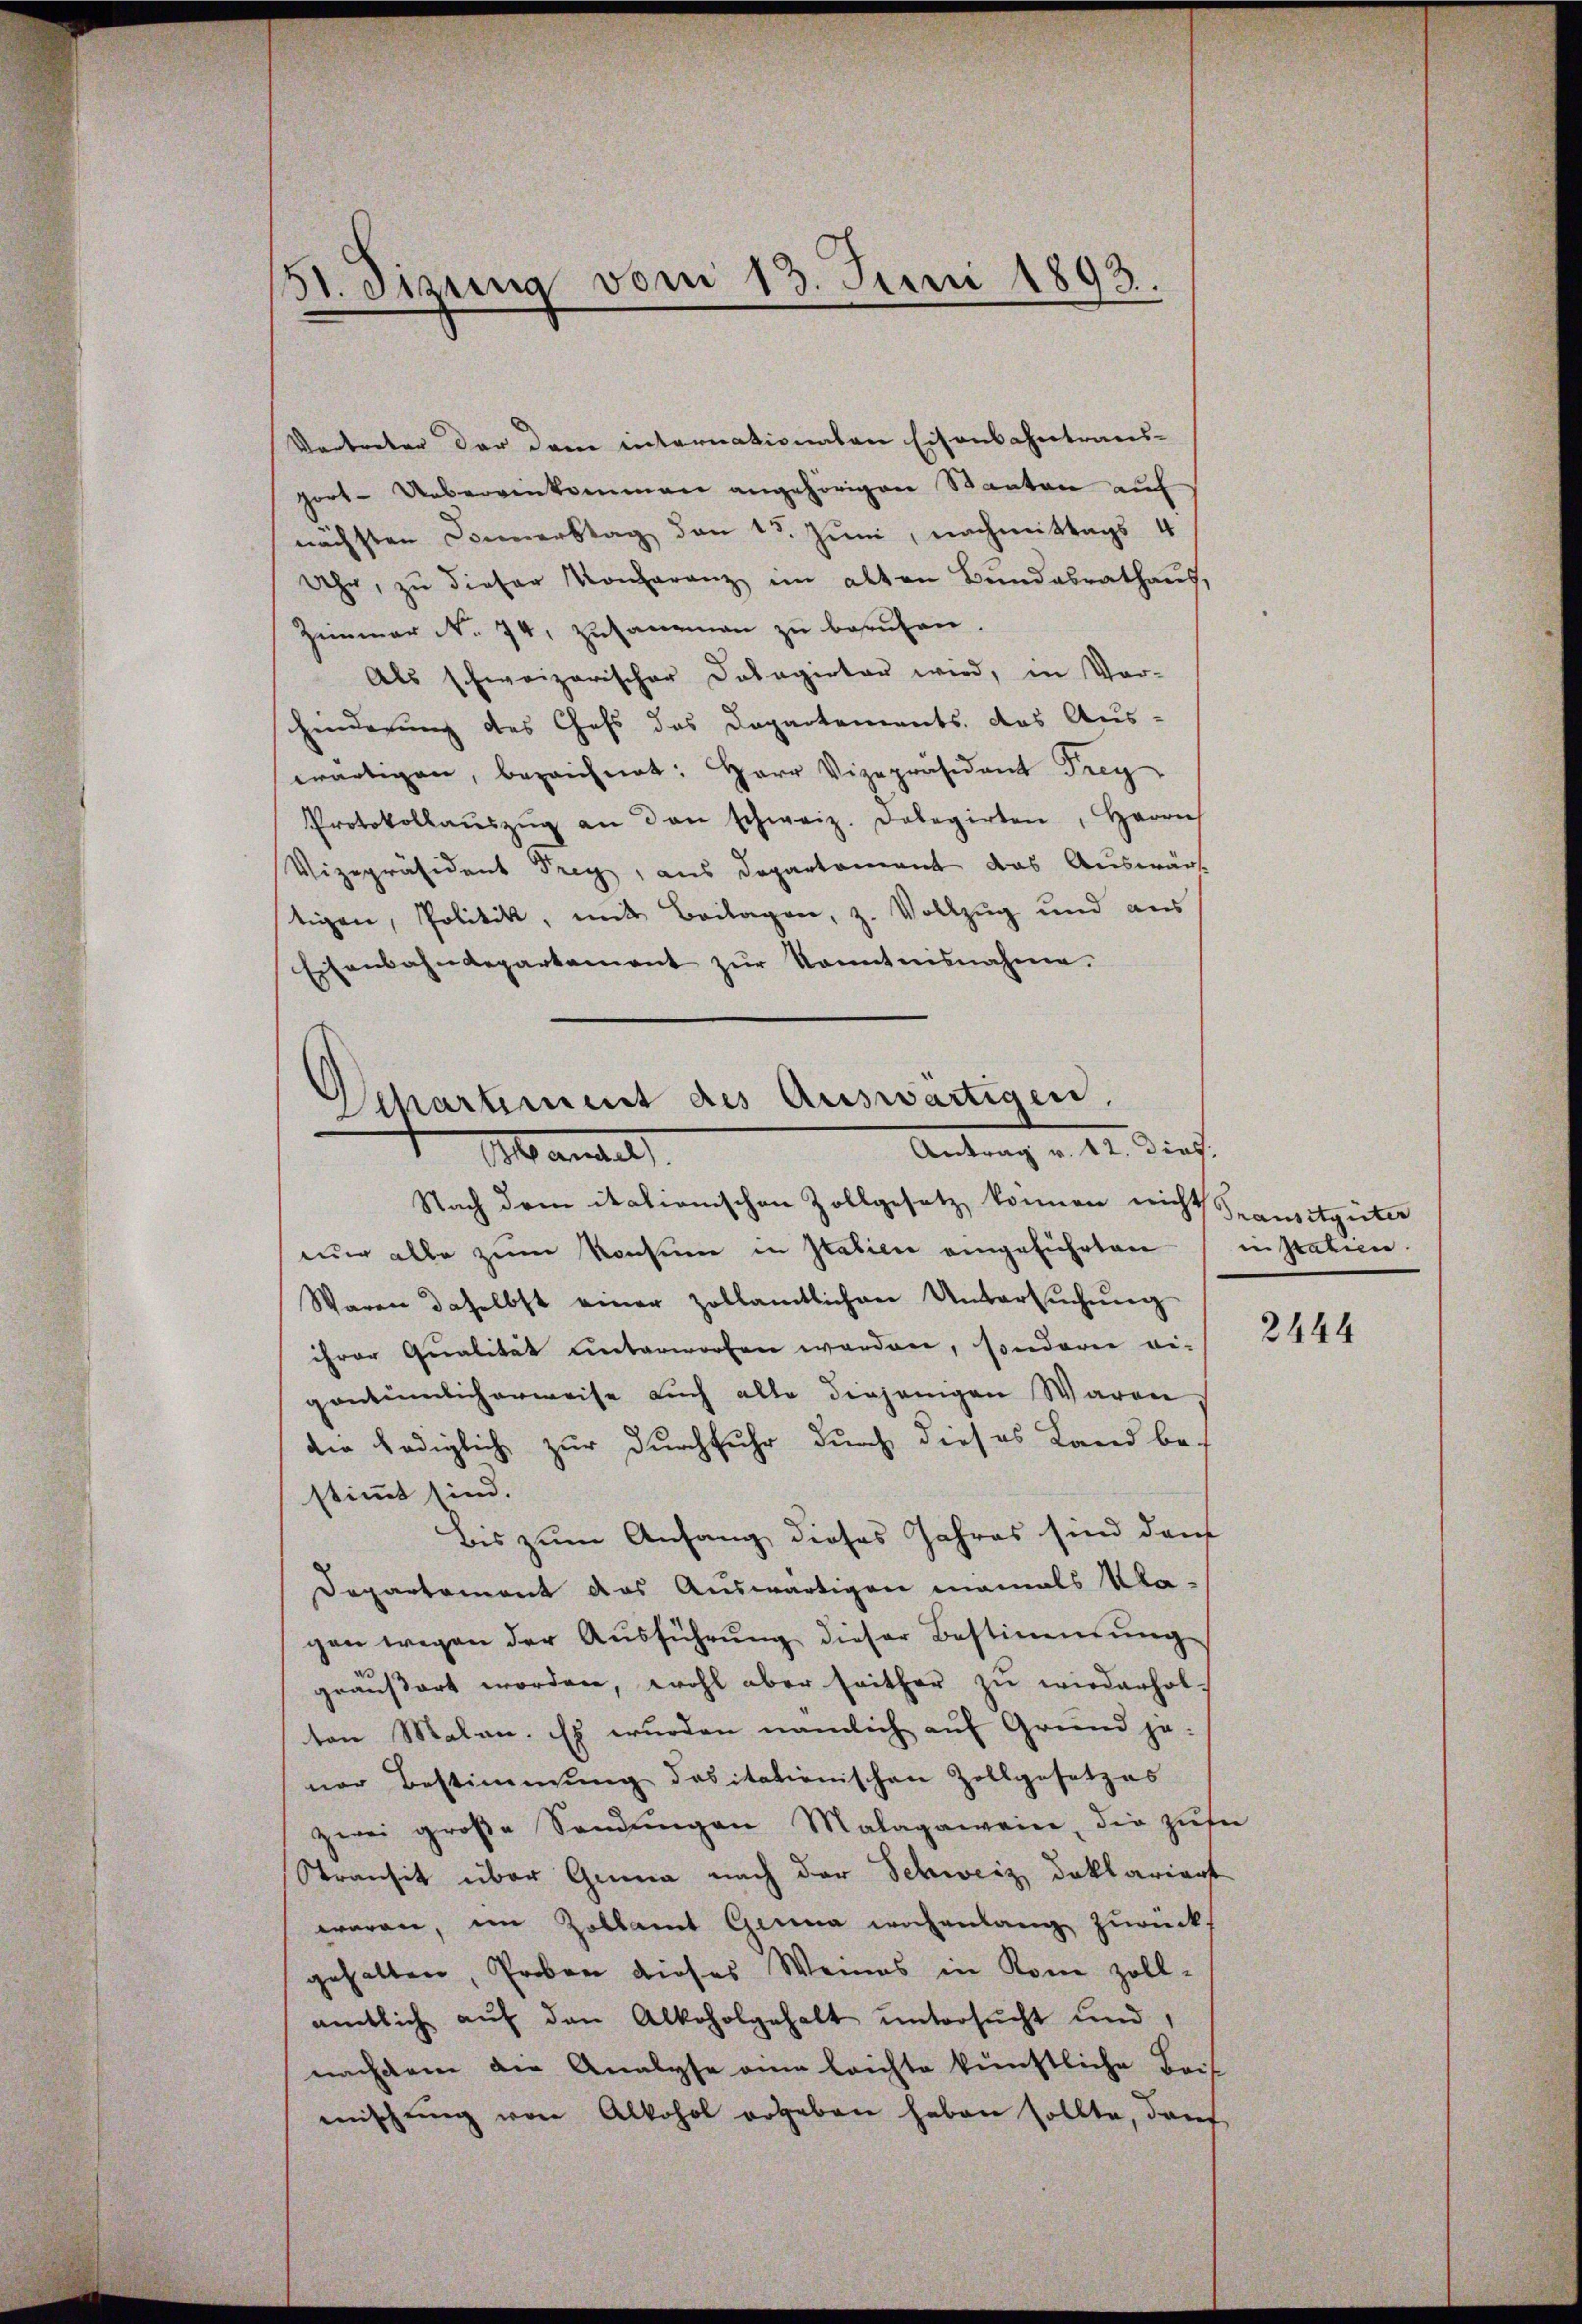
51. Sizung vom 13. Juni 1892.

Vertreter der dem internationalen Eisenbahntraus-
port- Uebereinkommen angehörigen Staaten auf
nächsten Donnerstag den 15. Juni, nachmittags 4
Uhr, zu dieser Konferenz im alten Bundesrathaus,
Zimmer No. 74, zusammen zu beruhen.
Als schweizerischer Dolagirter wird, in Vor-
hinderung des Chefs des Departements das Aus-
wärtigen, bezeichnet: Herr Vizepräsident Frey
Protokollaŭszŭg an den schweiz. Dolegirten, Herrn
Vizepräsident Frey, aus Departement das Auswärt
tigen, Politik, mit Beilagen, z. Vollzug und aus
Eisenbahndepartement zŭr Kenntnisnahme.

Departement des Auswärtigen,
Antrag v. 12. Dief.
Mandels

nŭr alle zŭm Konsum in Italien eingeführten in statien.
Waren daselbst einer Zollamtlichen Untersŭchŭng
ihrer Qualität unterworfen worden, sonderer ei-
gentümlicherweise auch alle diejenigen Waren
die lediglich zur Durchfuhr durch dieses Land bei
stimmt sind.
Bis zum Anfang dieses Jahres sind den
Departement das Auswärtigen niemals Kla-
gen wegen der Aŭsführŭng dieser Bestimmung
geäußert worden, wohl aber seither zu wiederholton Malan. Es wurden nämlich auf Grund je-
ner Bestimmung dasitationischen Zollgesetzes
zwei große Sandŭngen Malagaweine, die zuse
Stransit über Gener nach der Schweiz doktariert
waren, im Zollamt Genua wochenlang zurücks
gehalten, Proben dieses Weines in Kone zoll-
amtlich aŭf den Alkoholgehalt ŭntersŭcht und
nachdem die Analyse eine leichte künstliche Beis
mitzŭng von Alkohol ergeben haben sollte, dan

Nach dem itationischen Zollgesetz können nicht Spansitgüter

2444